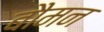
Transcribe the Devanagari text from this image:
बौमन